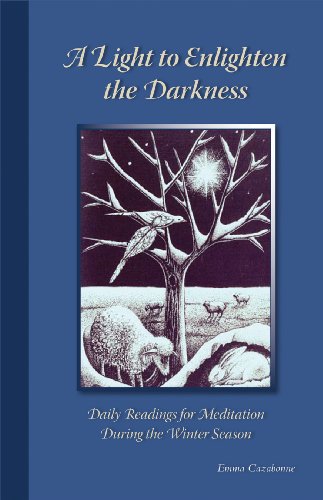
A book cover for A Light To Enlighten The Darkness: Daily Readings for Meditation during the Winter Season (Cistercian Studies); Christian Books & Bibles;